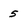
Character: 5